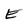
Character: E